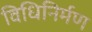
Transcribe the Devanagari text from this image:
विधिनिर्मण